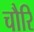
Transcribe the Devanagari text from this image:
चौरि